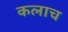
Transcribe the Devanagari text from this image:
कलाच